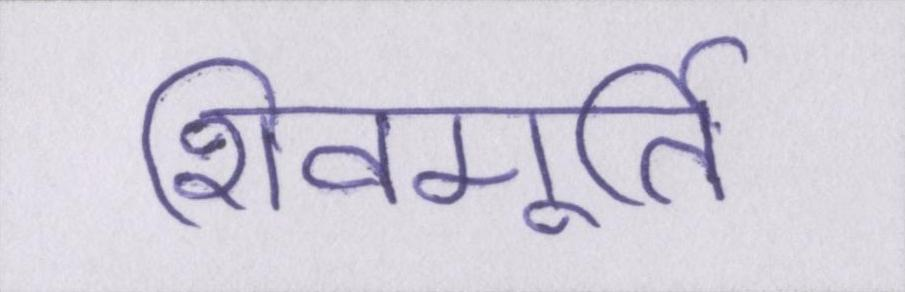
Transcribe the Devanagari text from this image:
शिवमूर्ति